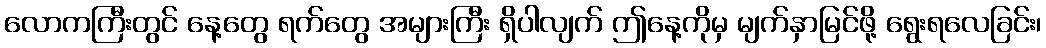
လောကကြီးတွင် နေ့တွေ ရက်တွေ အများကြီး ရှိပါလျက် ဤနေ့ကိုမှ မျက်နှာမြင်ဖို့ ရွေးရလေခြင်း၊